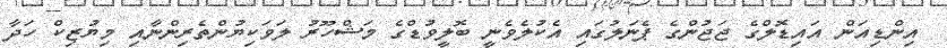
އިންޑިއަން އައިޑޮލްގެ ޖަޖުންގެ ޕެނަލުގައި އެކުލެވެނީ ބޮލީވުޑްގެ މަޝްހޫރު ލަވަކިޔުންތެރިންނާއި މިޔުޒިކް ހަދާ